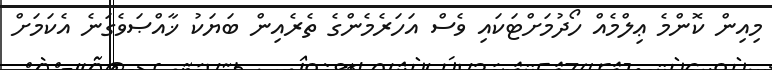
މިއިން ކޮންމެ ޢިލްމެއް ހޯދުމަށްޓަކައި ވެސް އަހަރެމެންގެ ތެރެއިން ބަޔަކު ޚާއްޞަވެގަނެ އެކަމަށް